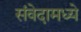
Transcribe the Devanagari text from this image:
संवेदामध्ये